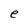
Character: e